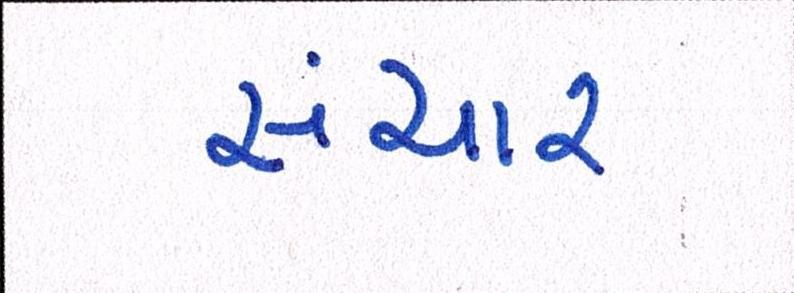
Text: સંચાર